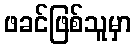
ဖခင်ဖြစ်သူမှာ